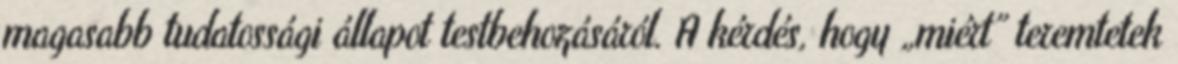
magasabb tudatossági állapot testbehozásáról. A kérdés, hogy „miért” teremtetek